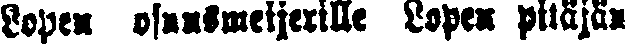
Lopen osuusmeijerille Lopen pitäjän